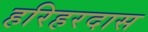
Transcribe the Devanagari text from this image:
हरिहरदास